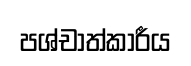
පශ්චාත්කාරීය